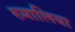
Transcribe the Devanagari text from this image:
रुमालिया